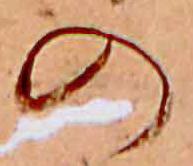
の